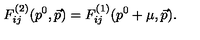
F _ { i j } ^ { ( 2 ) } ( p ^ { 0 } , \vec { p } ) = F _ { i j } ^ { ( 1 ) } ( p ^ { 0 } + \mu , \vec { p } ) .